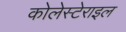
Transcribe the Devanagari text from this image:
कोलेस्टेराइल